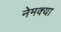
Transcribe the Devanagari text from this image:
नेमक्‍या